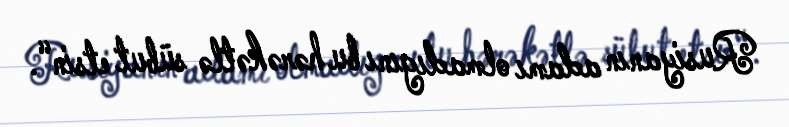
Rusiyanın adamı olmadıgını bu hərəkətlə sübut etsin“.